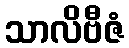
သာလိဗီဇံ